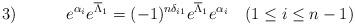
LaTeX: \begin{align*}3) \hspace{.5in} e^{\alpha_i}e^{\overline{\Lambda}_1} =(-1)^{n \delta_{i1}}e^{\overline{\Lambda}_1}e^{\alpha_i} \quad (1 \leq i \leq n-1)\end{align*}